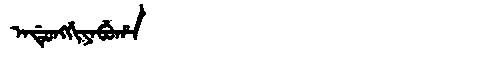
Manchu: ᠠᡩᡠᠩᡤᡳᠶᠠᠪᡠᡥᠠ
Romanization: ADUNGGIYABUHA